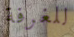
للغرفة